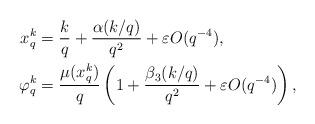
LaTeX: \begin{align*} x_q^k &=\frac{k}{q}+ \frac{\alpha(k/q)}{q^2} + \varepsilon O(q^{-4}),\\ \varphi_q^k &=\frac{\mu(x_q^k)}{q} \left (1+ \frac{\beta_3(k/q)}{q^2} + \varepsilon O(q^{-4}) \right ), \end{align*}